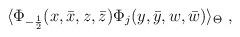
LaTeX: \begin{align*}\langle \Phi_{-\frac{1}{2}} (x,\bar{x},z,\bar{z}) \Phi_{j} (y,\bar{y},w,\bar{w}) \rangle_{\Theta} ~,\end{align*}